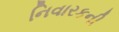
નિવારકની